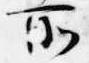
所